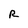
Character: R